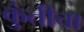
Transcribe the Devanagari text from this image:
कुंतीचा